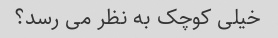
خیلی کوچک به نظر می رسد؟